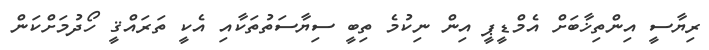
ރިޔާސީ އިންތިޚާބަށް އެމްޑީޕީ އިން ނިކުމެ ތިބީ ސިޔާސަތުތަކާއި އެކީ ތަރައްޤީ ހޯދުމަށްކަން